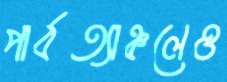
পার্বত্যাঞ্চলেও